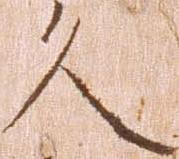
久